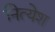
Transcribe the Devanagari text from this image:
नित्येश